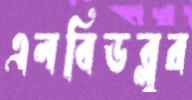
এলবিডব্লুর